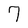
Character: 7